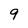
Character: 9